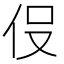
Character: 𬽹